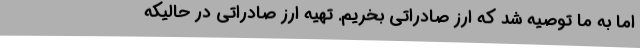
اما به ما توصیه شد که ارز صادراتی بخریم. تهیه ارز صادراتی در حالیکه